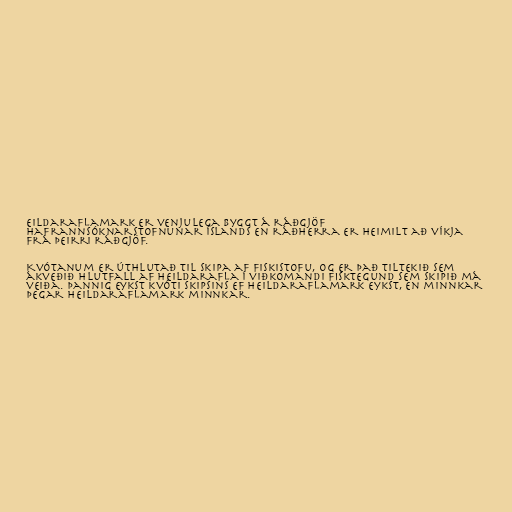
eildaraflamark er venjulega byggt á ráðgjöf
Hafrannsóknarstofnunar Íslands en ráðherra er heimilt að víkja
frá þeirri ráðgjöf.

Kvótanum er úthlutað til skipa af Fiskistofu, og er það tiltekið sem
ákveðið hlutfall af heildarafla í viðkomandi fisktegund sem skipið má
veiða. Þannig eykst kvóti skipsins ef heildaraflamark eykst, en minnkar
þegar heildaraflamark minnkar.